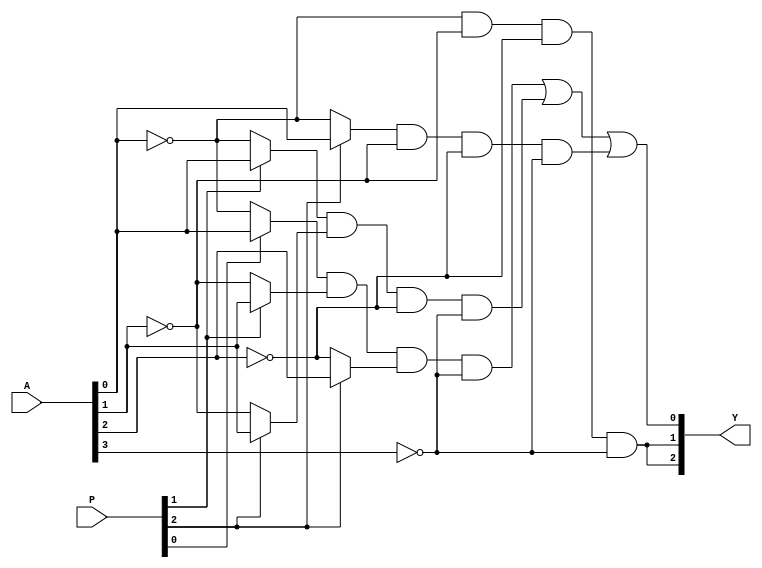
module jewel_pal (
    input wire [n-1:0] A,      // n input pins: A[0], A[1], ..., A[n-1]
    input wire [m-1:0] P,      // m control signals to program AND array
    output wire [m-1:0] Y      // m output pins: Y[0], Y[1], ..., Y[m-1]
);

parameter n = 4; // Number of inputs (A1, A2, A3, A4)
parameter m = 3; // Number of outputs (Y1, Y2, Y3)

// Internal signals for product terms
wire [7:0] product_terms; // Assuming 8 product terms for the AND array

// Programmable AND array
generate
    genvar i, j;
    for (i = 0; i < 8; i = i + 1) begin : and_array
        // Generate each product term based on control signals
        assign product_terms[i] = (P[i] ? A[0] : ~A[0]) & 
                                   (P[i + 1] ? A[1] : ~A[1]) & 
                                   (P[i + 2] ? A[2] : ~A[2]) & 
                                   (P[i + 3] ? A[3] : ~A[3]);
    end
endgenerate

// Fixed OR array
assign Y[0] = product_terms[0] | product_terms[1] | product_terms[2]; // Output Y1
assign Y[1] = product_terms[3] | product_terms[4]; // Output Y2
assign Y[2] = product_terms[5] | product_terms[6] | product_terms[7]; // Output Y3

endmodule